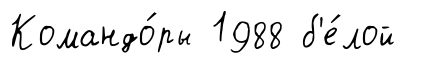
Командо́ры 1988 б'е́лой